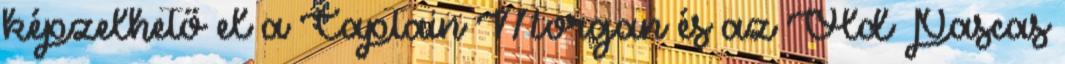
képzelhető el a Captain Morgan és az Old Pascas